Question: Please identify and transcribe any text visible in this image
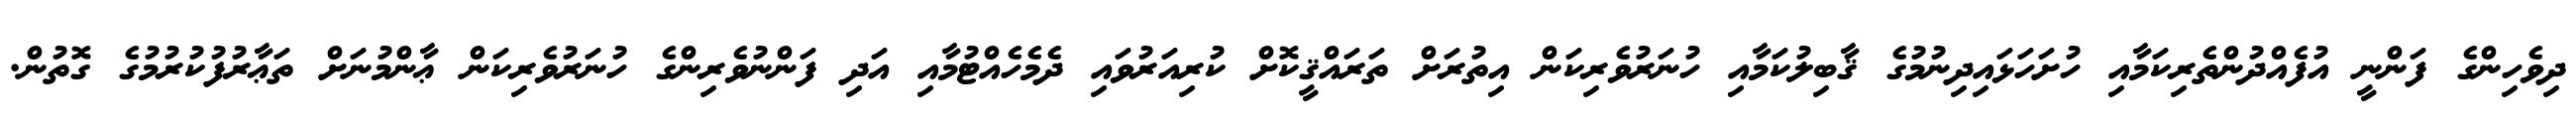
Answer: ދިވެހިންގެ ފަންނީ އުފެއްދުންތެރިކަމާއި ހުށަހަޅައިދިނުމުގެ ޤާބިލުކަމާއި ހުނަރުވެރިކަން އިތުރަށް ތަރައްޤީކޮށް ކުރިއަރުވައި ދެމެހެއްޓުމާއި އަދި ފަންނުވެރިންގެ ހުނަރުވެރިކަން ޢާންމުނަށް ތަޢާރުފުކުރުމުގެ ގޮތުން.